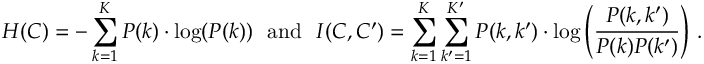
H ( C ) = - \sum _ { k = 1 } ^ { K } P ( k ) \cdot \log ( P ( k ) ) ~ ~ \mathrm { a n d } ~ ~ I ( C , C ^ { \prime } ) = \sum _ { k = 1 } ^ { K } \sum _ { k ^ { \prime } = 1 } ^ { K ^ { \prime } } P ( k , k ^ { \prime } ) \cdot \log \left( \frac { P ( k , k ^ { \prime } ) } { P ( k ) P ( k ^ { \prime } ) } \right) \, .